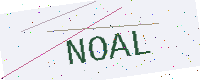
Text: NOAL